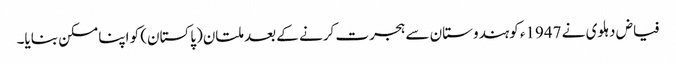
فیاض دہلوی نے 1947ء کوہندوستان سے ہجرت کرنے کے بعد ملتان(پاکستان) کو اپنا مسکن بنایا۔